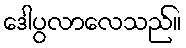
ဒေါပွလာလေသည်။